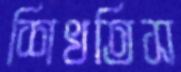
শিখতিস